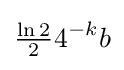
{\tfrac {\ln 2}{2}}4^{-k}b